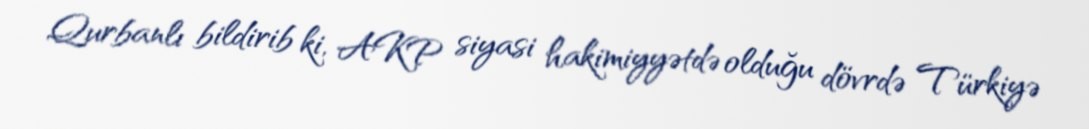
Qurbanlı bildirib ki, AKP siyasi hakimiyyətdə olduğu dövrdə Türkiyə